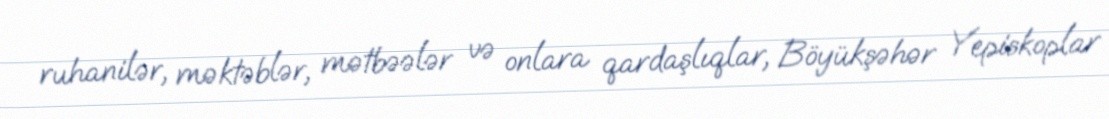
ruhanilər, məktəblər, mətbəələr və onlara qardaşlıqlar, Böyükşəhər Yepiskoplar